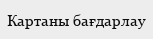
Картаны бағдарлау